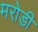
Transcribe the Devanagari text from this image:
मरोड़ी